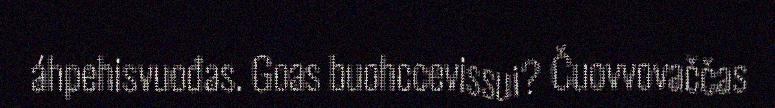
áhpehisvuođas. Goas buohccevissui? Čuovvovaččas